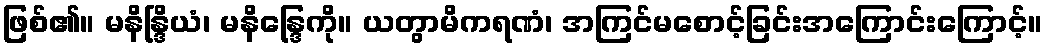
ဖြစ်၏။ မနိန္ဒြိယံ၊ မနိန္ဒြေကို။ ယတွာမိကရဏံ၊ အကြင်မစောင့်ခြင်းအကြောင်းကြောင့်။